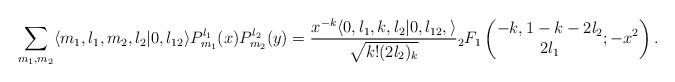
LaTeX: \begin{align*}\displaystyle\sum\limits_{m_1,m_2} \langle m_1,l_1,m_2,l_2 | 0,l_{12} \rangle P_{m_1}^{l_1}(x) P_{m_2}^{l_2}(y) = \frac{x^{-k}\langle 0,l_1,k,l_2 | 0,l_{12}, \rangle}{\sqrt{k! (2l_2)_k}}{}_2 F_1\left(\begin{matrix} -k ,1-k-2l_2 \\ 2l_1 \end{matrix} ; -x^2\right). \end{align*}